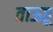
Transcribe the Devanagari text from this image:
ताऊहू